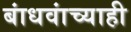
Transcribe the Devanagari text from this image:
बांधवांच्याही